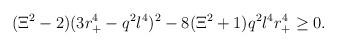
LaTeX: \begin{align*}(\Xi ^2-2)(3r_{+}^4-q^2l^4)^2-8(\Xi ^2+1)q^2l^4r_{+}^4\geq 0. \end{align*}